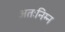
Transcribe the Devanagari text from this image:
अतःनिम्न